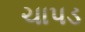
ચાપડ